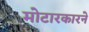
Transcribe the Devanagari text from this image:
मोटारकारने